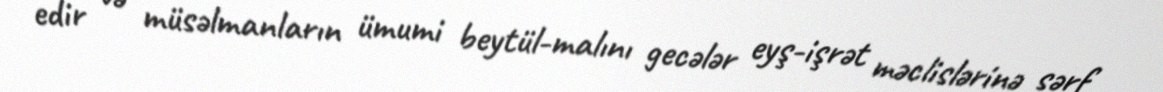
edir və müsəlmanların ümumi beytül-malını gecələr eyş-işrət məclislərinə sərf